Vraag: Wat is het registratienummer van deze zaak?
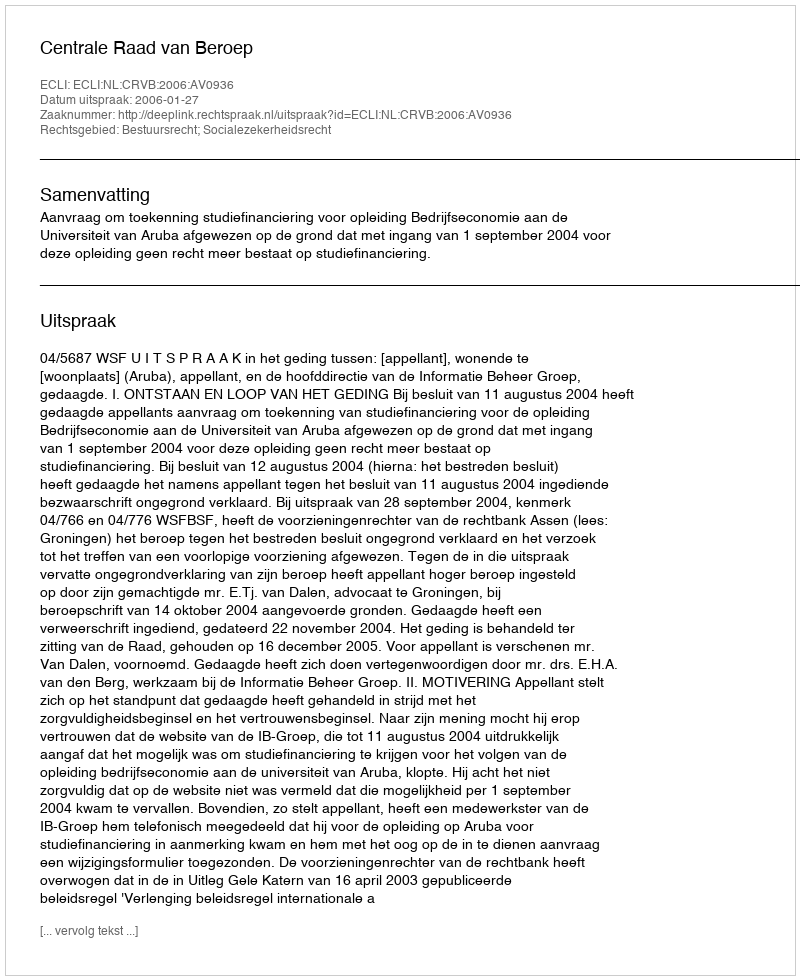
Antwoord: http://deeplink.rechtspraak.nl/uitspraak?id=ECLI:NL:CRVB:2006:AV0936